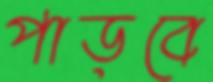
পাড়বে